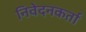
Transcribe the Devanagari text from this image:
निवेदनकर्ता